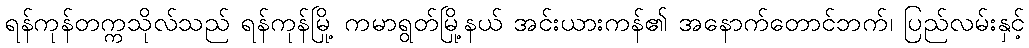
ရန်ကုန်တက္ကသိုလ်သည် ရန်ကုန်မြို့ ကမာရွတ်မြို့နယ် အင်းယားကန်၏ အနောက်တောင်ဘက်၊ ပြည်လမ်းနှင့်